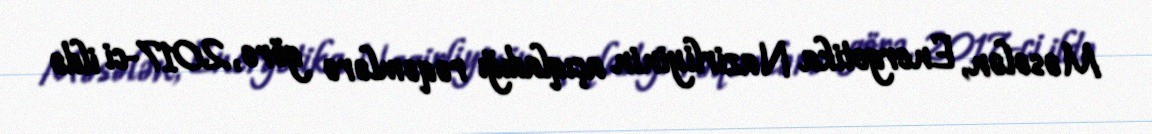
Məsələn, Energetika Nazirliyinin açıqladığı rəqəmlərə görə, 2017-ci ildə